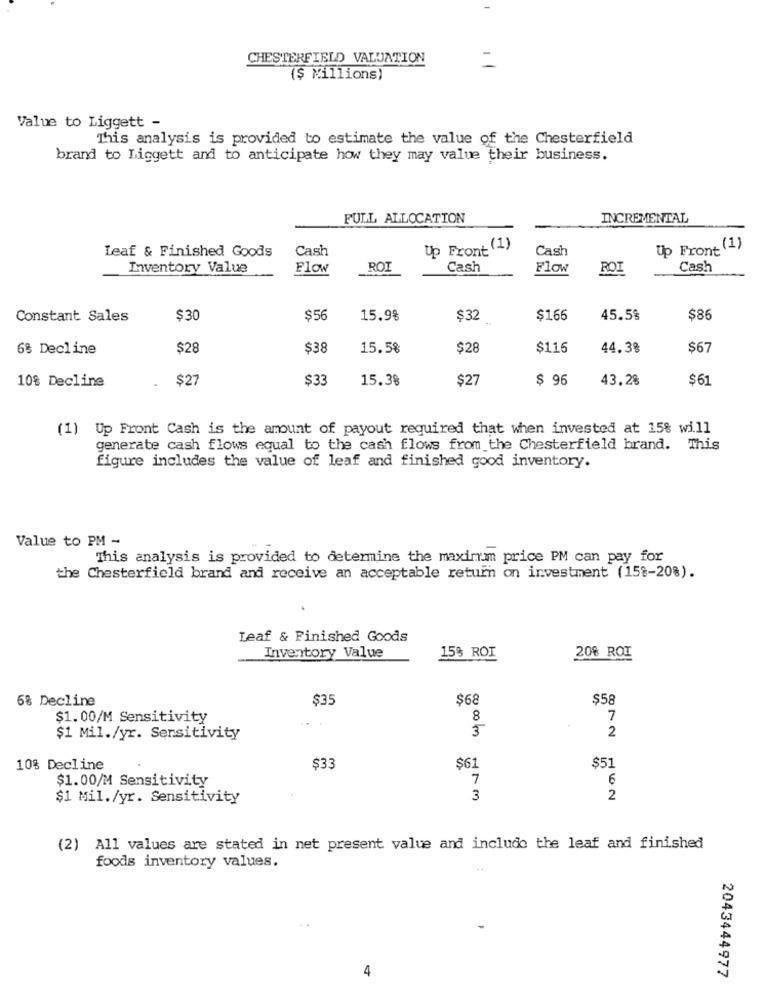
CHESTERFIELD VALUATION
($ Millions)
Value to Liggett -
This analysis is provided to estimate the value of the Chesterfield
brand to Liggett and to anticipate how they may value their business.
FULL ALLOCATION
INCREMENTAL
Cash
Up Front (1)
Cash
Up Front (1)
Leaf & Finished Goods
Inventory Value
Flow
ROI
Cash
Flow
ROI
Cash
Constant Sales
$30
$56
15.98
$32
$166
45.5%
$86
6% Decline
$28
$38
15.5%
$28
$116
44.38
$67
10% Decline
.
$27
$33
15.38
$27
$ 96
43.2%
$6
(1) Up Front Cash is the amount of payout required that when invested at 15% will
generate cash flows equal to the cash flows from the Chesterfield brand. This
figure includes the value of leaf and finished good inventory.
Value to PM -
This analysis is provided to determine the maximum price PM can pay for
the Chesterfield brand and receive an acceptable return on investment (158-20%).
Leaf & Finished Goods
Inventory Value
15% ROI
20% ROI
6% Decline
$35
$68
$58
$1.00/M Sensitivity
8
7
3
2
$1 Mil./yr. Sersitivity
10% Decline
$33
$61
$51
$1.00/M Sensitivity
7
6
$1 Mil./yr. Sensitivity
3
2
(2) All values are stated in net present value and include the leaf and finished
foods inventory values.
2043444977
4